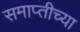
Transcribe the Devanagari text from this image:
समाप्‍तीच्या